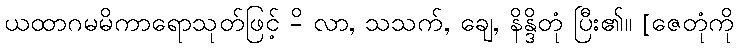
ယထာဂမမိကာရောသုတ်ဖြင့် -ိ လာ, သသက်, ချေ, နိန္ဒိတုံ ပြီး၏။ [ဇေတုံကို